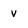
Character: v